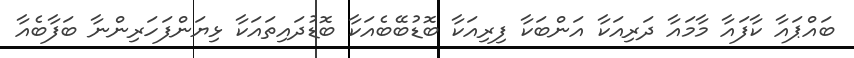
ބައްޕައާ ކާފައާ މާމައާ ދަރިއަކާ އަންބަކާ ފިރިއަކާ ބޮޑުބޭބެއަކާ ބޮޑުދައިތައަކާ ޅިޔަންފަހަރިންނާ ބަފާބެއާ